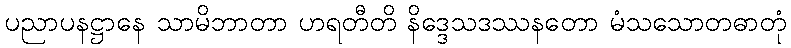
ပညာပနဋ္ဌာနေ သာမိဘာတာ ဟရတီတိ နိဒ္ဒေသဒဿနတော မံသသောတဓာတုံ